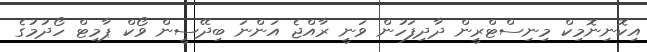
އިކޮނިނޮމިކް މިނިސްޓްރީން ދާދިފަހުން ވަނީ ރާއްޖެ އަންނަ ބިދޭސީން ވޯކް ޕާމިޓް ހޯދުމުގެ